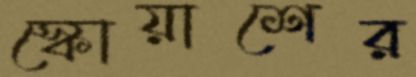
স্কোয়াশের